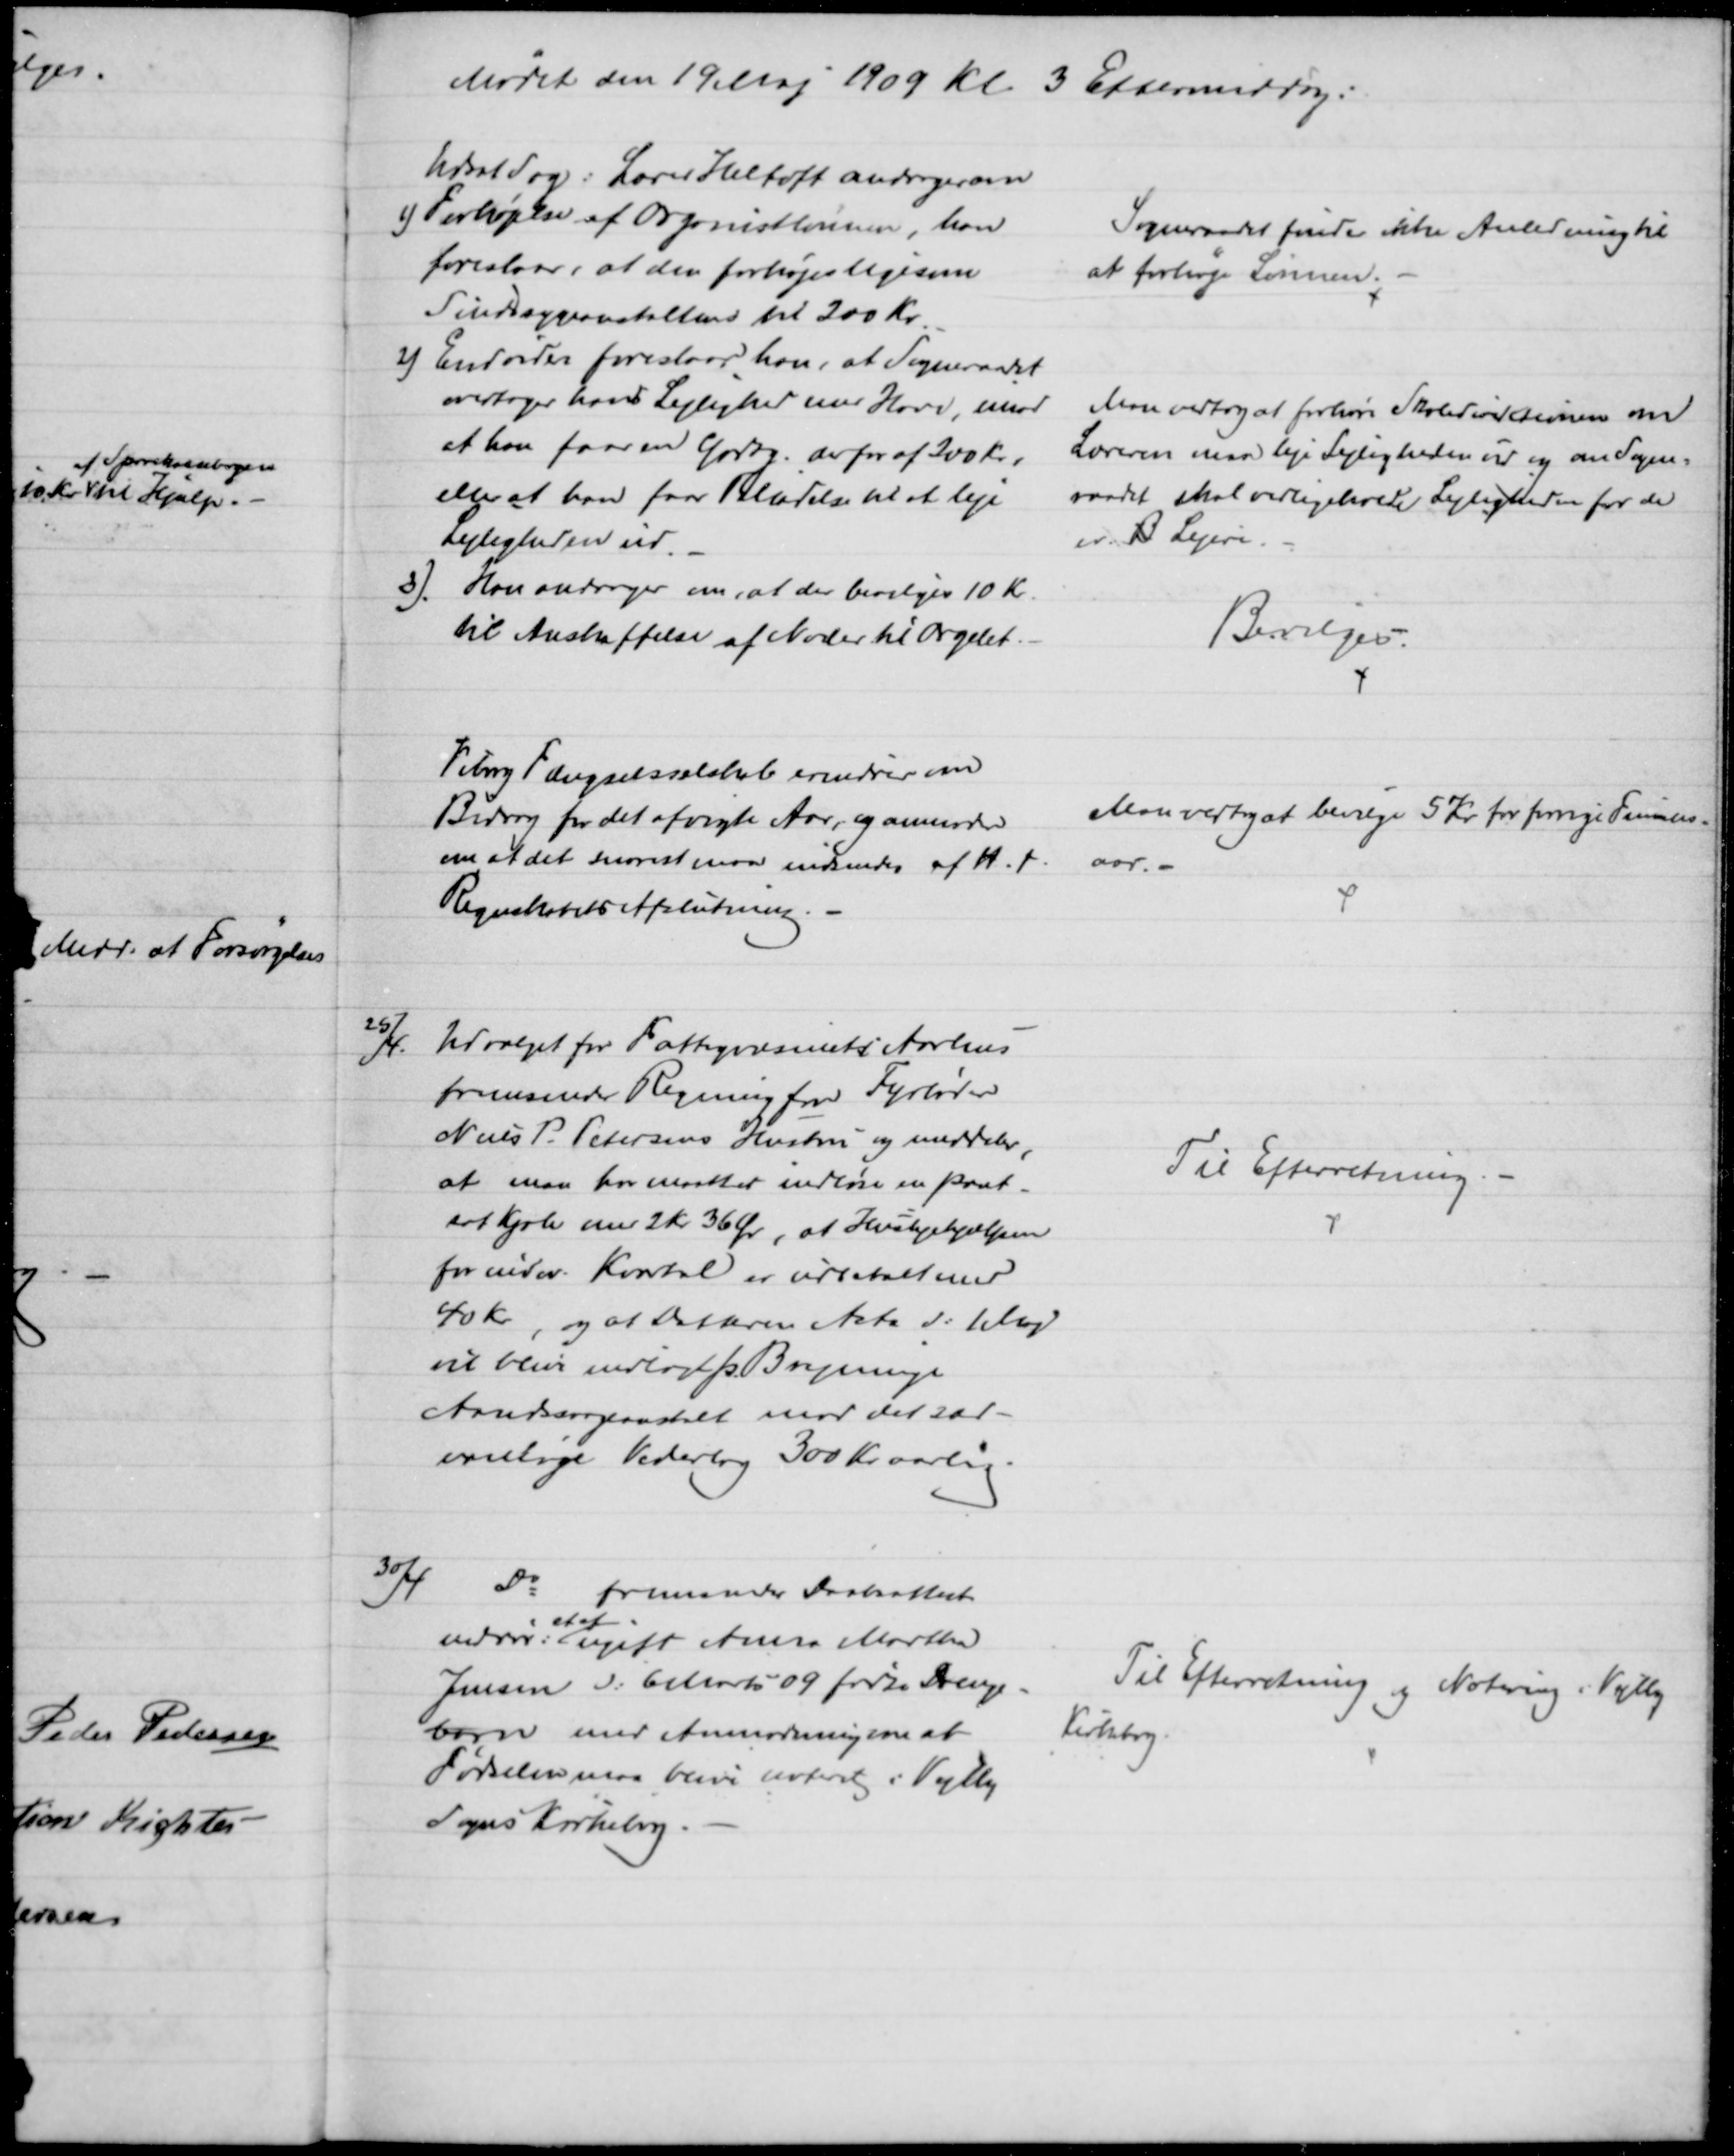
Transskription:
Mødet den 19 Maj 1909 Kl. 3 Eftermiddag:
Udsat Sag: Lærer Heltoft andrager om
1) Forhøjelse af Organistlønnen, han
foreslaar, at den forhøjes ligesom
Sindssygeanstaltens til 200 Kr.
Sogneraadet finder ikke Anledning til
at forhøje Lønnen.
2) Endvider foreslaar han, at Sogneraadet
overtager hans Lejlighed med Have, imod
at han faar en Godtg. derfor af 200 Kr.
eller at han faar Tilladelse til at leje
Lejligheden ud.
Man vedtog at forhøre Skoledirektionen om
Læreren maa leje Lejligheden ud og om Sogne=
raadet skal vedligeholde Lejligheden for de
er B Lejere.
3) Han andrager om, at der bevilges 10 Kr
til Anskaffelse af Noder til Orgelet.
Bevilges.
Viborg Fængselsselskab erindrer om
Bidrag for det afvigte Aar, og anmoder
om at det snarest maa indsendes af H. t
Regnskabets Afslutning.
Man vedtog at bevilge 5 Kr for forrige Finans-
aar.
25/4.
Udvalget for Fattigvæsenet i Aarhus
fremsender Regning for Fyrbøder
Niels P. Petersens Hustru og meddeler,
at man har maattet indløse en pant-
sat Kjole med 2 Kr 36 Øre, at Huslejehjælpen
for indev. Kvartal er udbetalt med
40 kr., og at Datteren Asta d: 1 Maj
vil blive indlagt p. Brejninge
Aandssvageanstalt mod det sæd-
vanlige Vederlag 300 Kr. aarlig.
Til Efterretning.
30/4
Do fremsender Daabsattest
vedrør:
et af
ugift Anna Martha
Jensen d: 6 Marts 09 fødte Drenge-
barn med Anmodning om at
Fødselen maa blive noteret i Vejlby
Sogns Kirkebog.
Til Efterretning og Notering i Vejlby
Kirkebog.